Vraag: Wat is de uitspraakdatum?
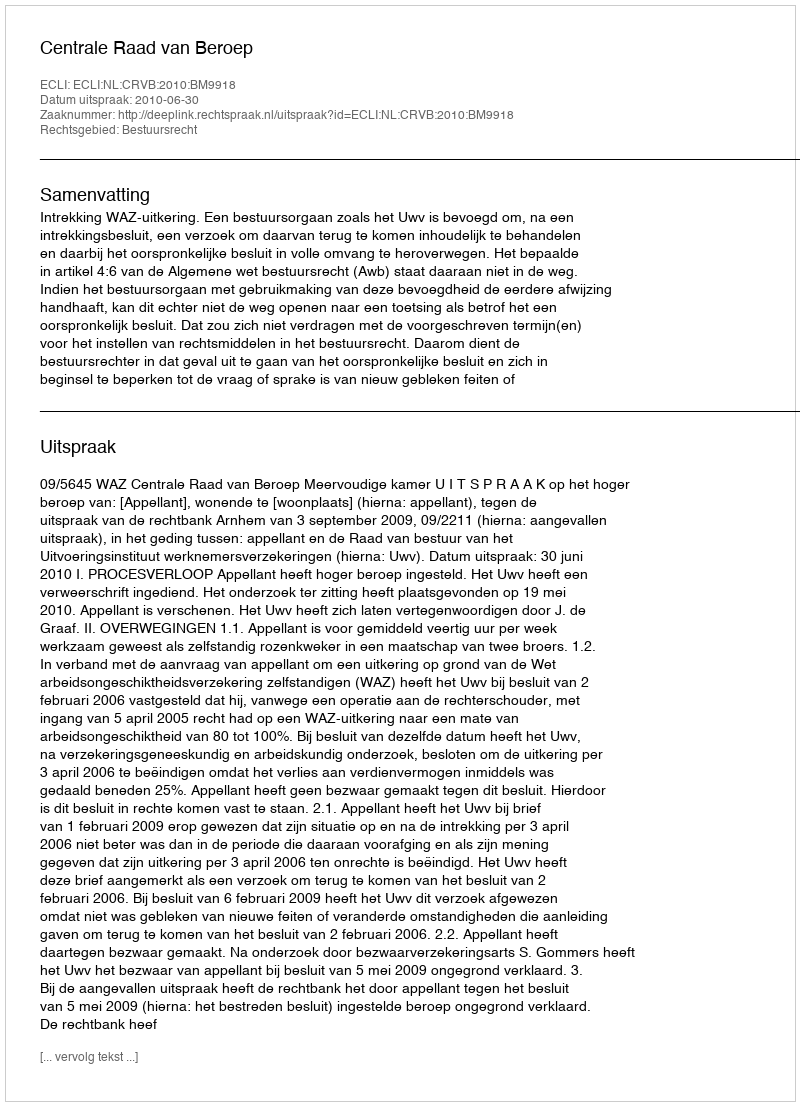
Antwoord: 2010-06-30